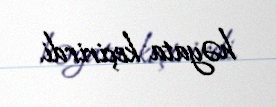
həyata keçirirdi.